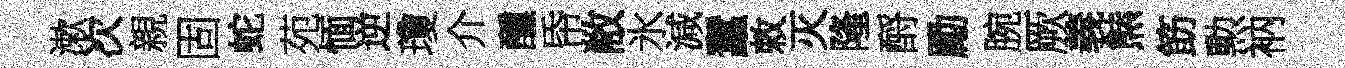
漱次親固蛇苑愐逆瓊介醺帋敝氷減蠶敕灭隆酹勵腕厥義㷱筯勲衲